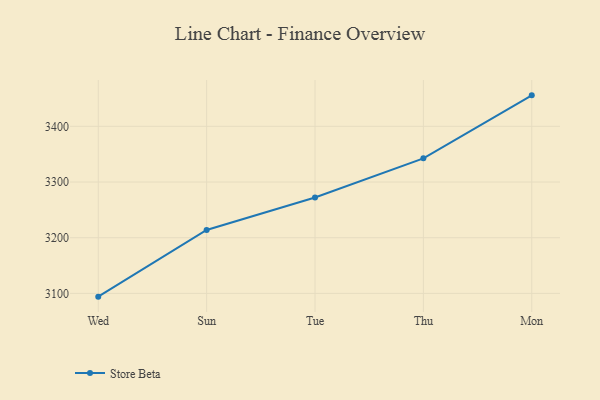
{"axis": {"x": "Day", "y": "Page Views"}, "legend": ["Store Beta"], "data": [{"x": "Wed", "y": 3094.2, "type": "Store Beta"}, {"x": "Sun", "y": 3213.9, "type": "Store Beta"}, {"x": "Tue", "y": 3272.3, "type": "Store Beta"}, {"x": "Thu", "y": 3342.5, "type": "Store Beta"}, {"x": "Mon", "y": 3455.6, "type": "Store Beta"}]}